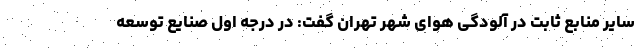
سایر منابع ثابت در آلودگی هوای شهر تهران گفت: در درجه اول صنایع توسعه